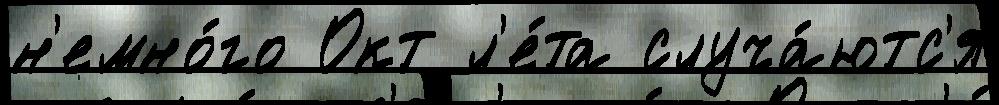
н'емно́го Окт л'е́та случа́ютс'я